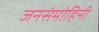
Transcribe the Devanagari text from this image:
जनसंमोहिनी